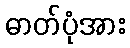
ဓာတ်ပုံအား